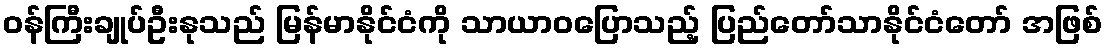
ဝန်ကြီးချုပ်ဦးနုသည် မြန်မာနိုင်ငံကို သာယာဝပြောသည့် ပြည်တော်သာနိုင်ငံတော် အဖြစ်